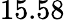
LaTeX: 15.58